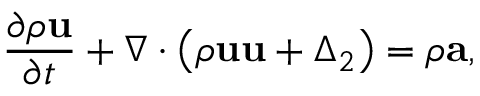
\frac { { \partial \rho { \bf { u } } } } { { \partial t } } + \nabla \cdot \left( { \rho { \bf { u u } } + { { \boldsymbol { \Delta } } _ { 2 } } } \right) = \rho \bf { a } ,